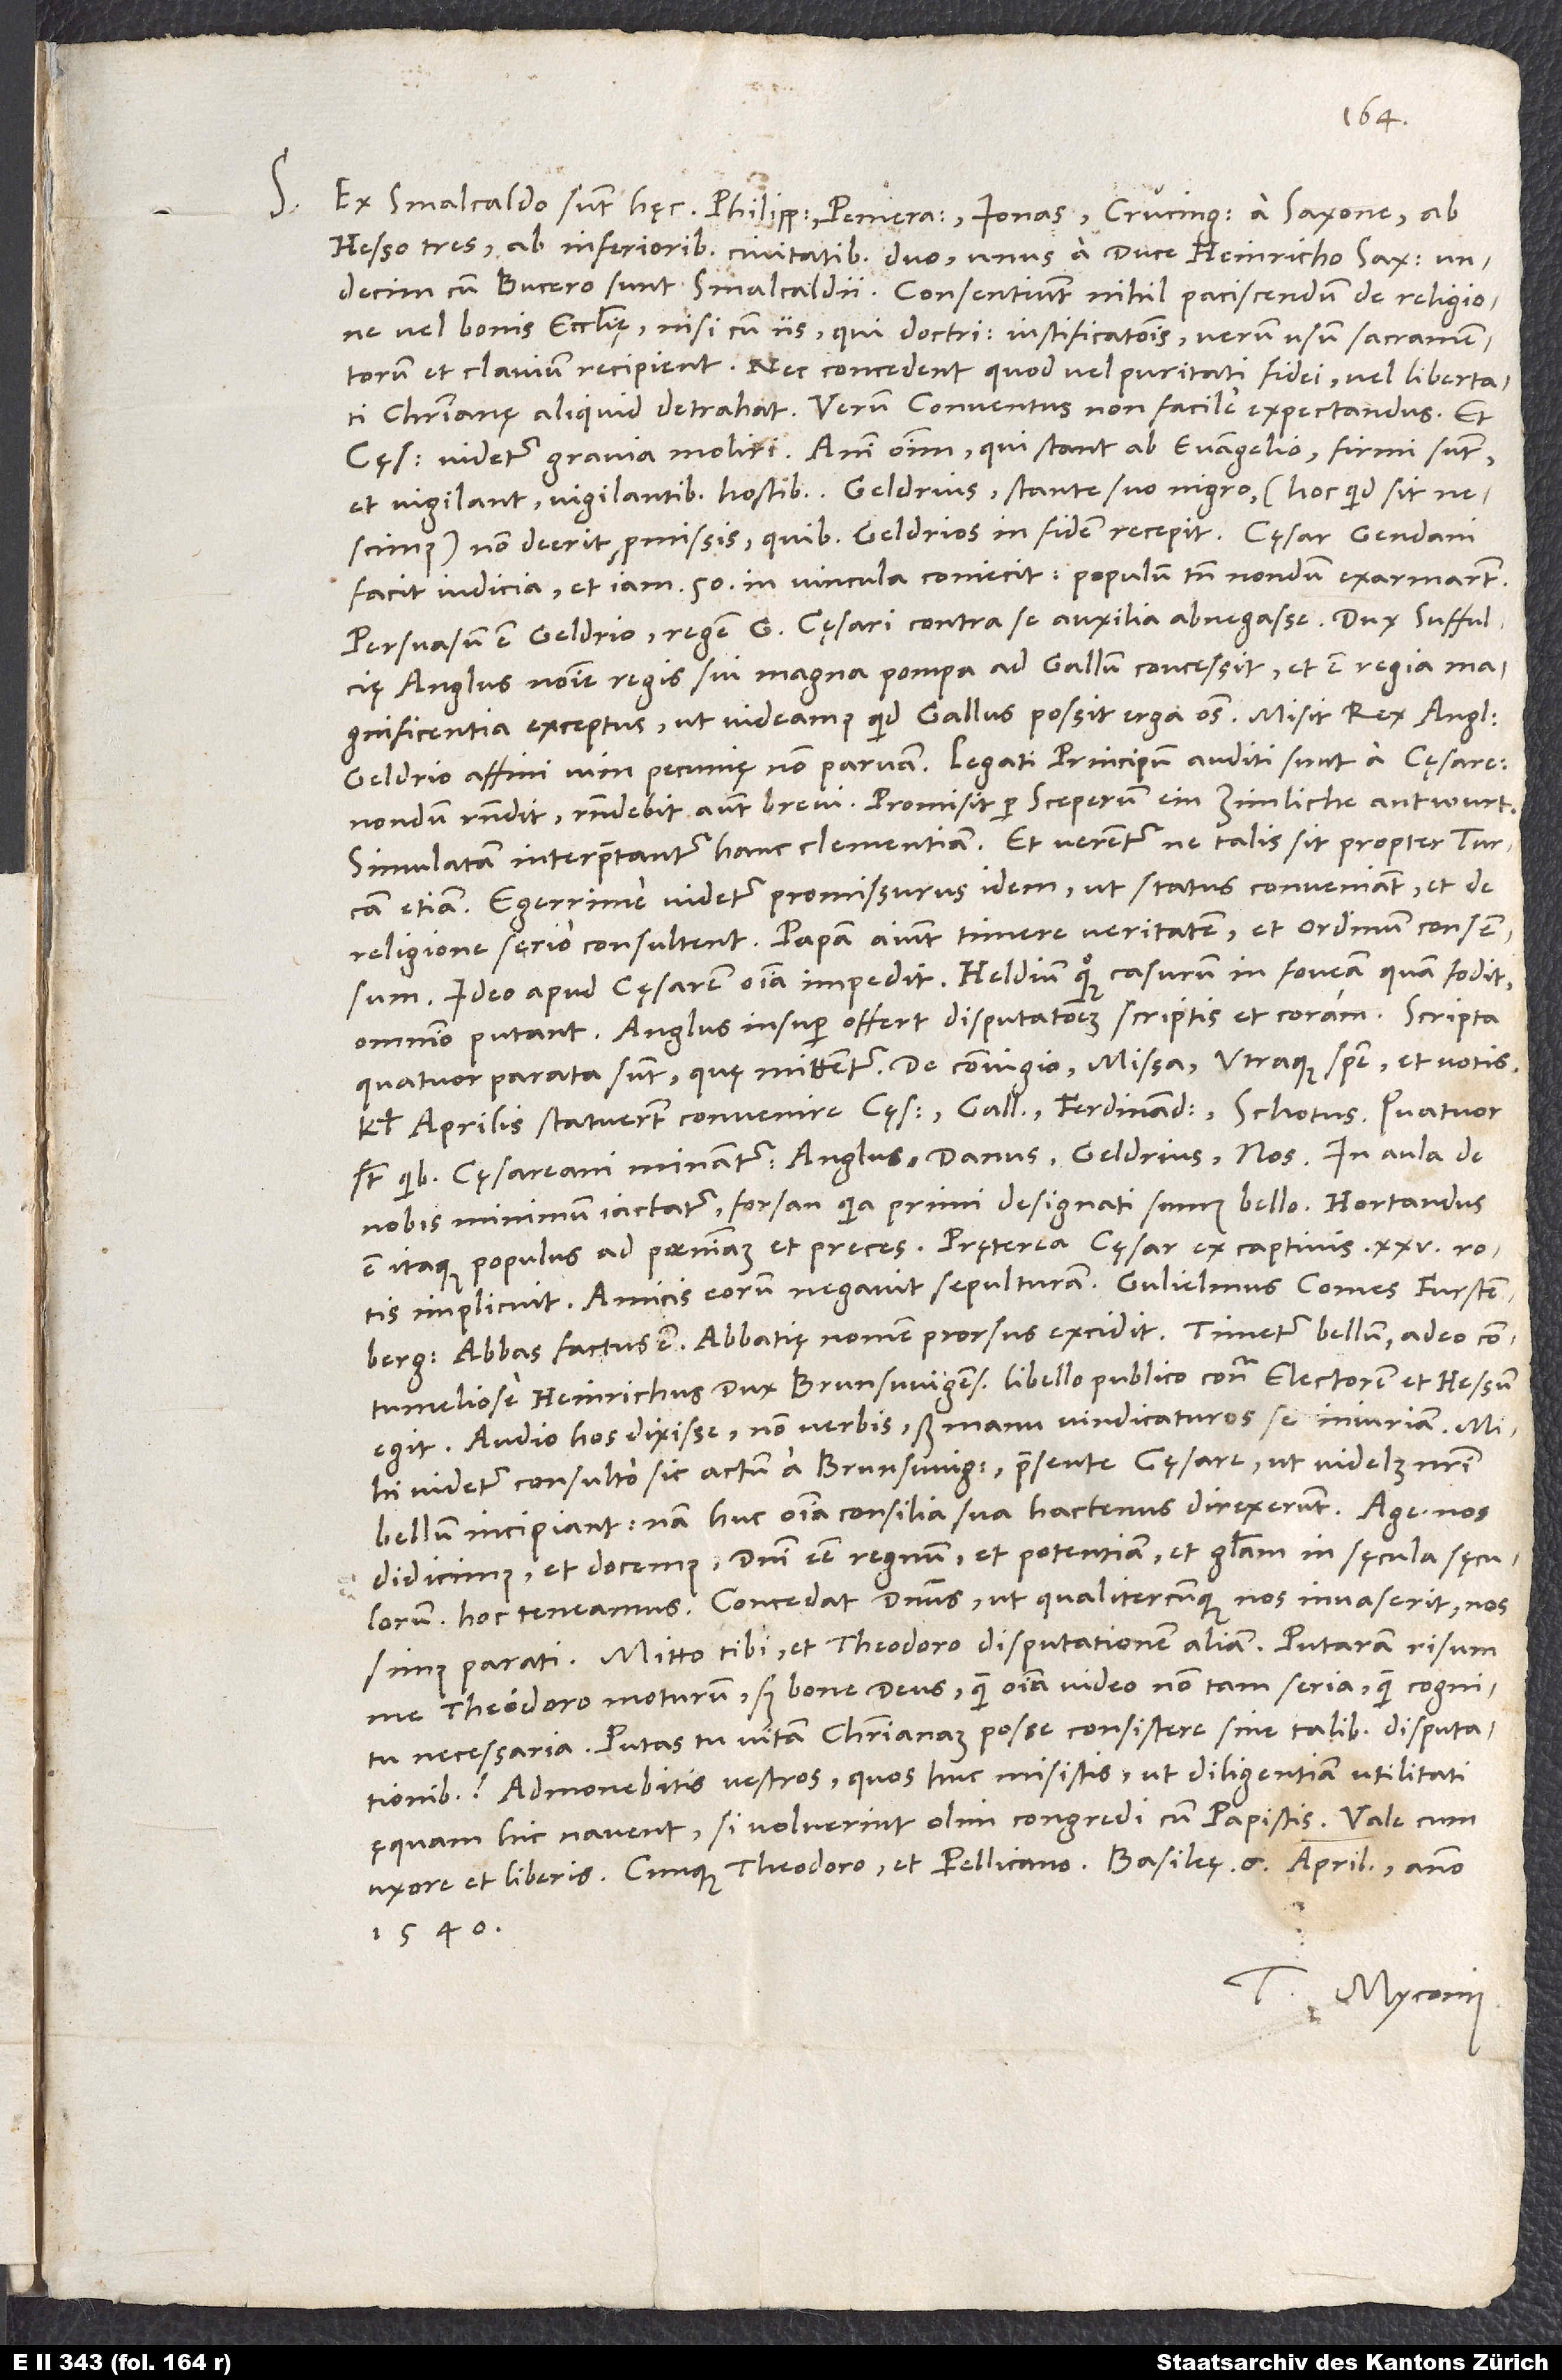
S. Ex Smalcaldo sunt hęc: Philippus, Pomeranus, Ionas, Crucingerus a Saxone, ab
Hesso tres, ab inferioribus civitatibus duo, unus a duce Heinricho Saxone,
undecim cum Bucero sunt Smalcaldii. Consentiunt nihil paciscendum de religione
vel bonis ecclesię nisi cum iis, qui doctrinam iustificationis, verum usum sacramentorum
et clavium recipient, nec concedent, quod vel puritati fidei vel libertati
christianę aliquid detrahat. Verum conventus non facile expectandus, et
cęsar videtur gravia moliri. Animi omnium, qui stant ab evangelio, firmi sunt
nescimus) non deerit promissis, quibus Geldrios in fidem recepit. Cęsar Gendavi
facit iudicia et iam 50 in vincula coniecit; populum tamen nondum exarmarunt.
nondum respondit, respondebit autem brevi. Promisit per Sceperum ein zimliche antwurt.
Simulatam interpretantur hanc clementiam et verentur, ne talis sit propter Turcam
Egerrime videtur promissurus idem, ut status conveniant et de
religione serio consultent. Papam aiunt timere veritatem et ordinum consensum.
Ideo apud cęsarem omnia impedit. Heldium quoque casurum in foveam, quam fodit,
Anglus insuper offert disputationem scriptis et coram. Scripta
quatuor parata sunt, quę mittentur: De coniugio, missa, utraque specie et votis.
Kalendis aprilis statuerunt convenire cęsar, Gallus, Ferdinandus, Schotus. Quatuor
sunt, quibus cęsareani minantur: Anglus, Danus, Geldrius, nos. In aula de
nobis minimum iactatur, forsan quia primi designati sumus bello. Hortandus
implicuit. Amicis eorum negavit sepulturam. Gulielmus, comes Furstenberg,
abbas factus est. Abbatię nomen prorsus excidit. Timetur bellum, adeo
contumeliose Heinrichus, dux Brunswigensis, libello publico contra electorem et Hessum
egit. Audio hos dixisse non verbis, sed manu vindicaturos se iniuriam. Mihi
videtur consulto sic actum a Brunswigense praesente cęsare, ut videlicet nostri
bellum incipiant; nam huc omnia consilia sua hactenus direxerunt. Age, nos
didicimus et docemus domini esse regnum et potentiam et gloriam in sęcula sęculorum;
hoc teneamus. Concedat dominus, ut, qualitercunque nos invaserit, nos
Mitto tibi et Theodoro disputationem aliam. Putaram risum
me Theodoro moturum, sed bone deus, quam omnia video non tam seria quam cognitu
necessaria. Putas tu vitam christianam posse consistere sine talibus disputationibus?
Admonebitis vestros, quos huc misistis, ut diligentiam utilitati
ęquam hic navent, si voluerint olim congredi cum papistis.
uxore et liberis cunque Theodoro et Pellicano. Basileę, 6. aprilis anno
1540.
Tuus Myconius.